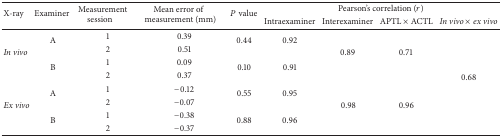
<table><thead><tr><td rowspan="2"><b>X-ray</b></td><td rowspan="2"><b>Examiner </b></td><td rowspan="2"><b>Measurement session</b></td><td rowspan="2"><b>Mean error of measurement (mm)</b></td><td rowspan="2"><b><i>P</i> value</b></td><td colspan="4"><b>Pearson&#x27;s correlation (<i>r</i>)</b></td></tr><tr><td><b>Intraexaminer</b></td><td><b>Interexaminer</b></td><td><b>APTL × ACTL</b></td><td><b><i>In vivo </i>×<i> ex vivo </i></b></td></tr></thead><tbody><tr><td rowspan="4"><i>In vivo </i></td><td rowspan="2">A</td><td>1</td><td>0.39</td><td rowspan="2">0.44</td><td rowspan="2">0.92</td><td rowspan="4"> 0.89 </td><td rowspan="4">0.71 </td><td rowspan="8">0.68</td></tr><tr><td>2</td><td>0.51</td></tr><tr><td rowspan="2">B</td><td>1</td><td>0.09</td><td rowspan="2">0.10</td><td rowspan="2">0.91</td></tr><tr><td>2</td><td>0.37</td></tr><tr><td rowspan="4"><i>Ex vivo </i></td><td rowspan="2">A</td><td>1</td><td>−0.12</td><td rowspan="2">0.55</td><td rowspan="2">0.95</td><td rowspan="4"> 0.98</td><td rowspan="4">0.96</td></tr><tr><td>2</td><td>−0.07</td></tr><tr><td rowspan="2">B</td><td>1</td><td>−0.38</td><td rowspan="2">0.88</td><td rowspan="2">0.96</td></tr><tr><td>2</td><td>−0.37</td></tr></tbody></table>